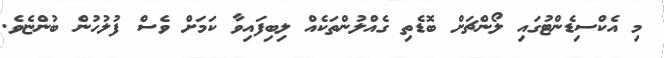
މި އެކްސިޑެންޓުގައި ލޯންޗަށް ބޮޑެތި ގެއްލުންތަކެއް ލިބިފައިވާ ކަމަށްް ވެސް ފުލުހުން ބުންޏެވެ.